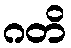
ဂတိ